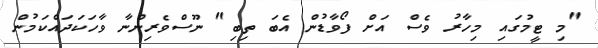
"މި ޓީމުގައި މިހާރު ވެސް އަށް ފޯވާޑުން އެބަ ތިބި" ނޫސްވެރިންނާ ވާހަކަދައްކަމުން